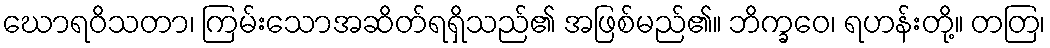
ဃောရဝိသတာ၊ ကြမ်းသောအဆိတ်ရရှိသည်၏ အဖြစ်မည်၏။ ဘိက္ခဝေ၊ ရဟန်းတို့။ တတြ၊